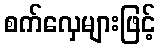
စက်လှေများဖြင့်